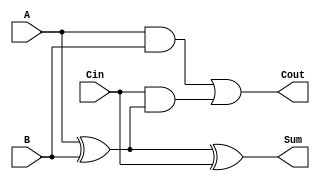
module FullAdder (
    input  wire A,   // First input bit
    input  wire B,   // Second input bit
    input  wire Cin, // Carry input
    output wire Sum, // Sum output
    output wire Cout // Carry output
);
    assign Sum  = A ^ B ^ Cin;         // Sum = A XOR B XOR Cin
    assign Cout = (A & B) | (Cin & (A ^ B)); // Carry = (A AND B) OR (Cin AND (A XOR B))
endmodule